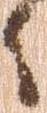
々